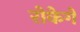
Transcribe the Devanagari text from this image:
रोकेगें